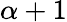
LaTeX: \alpha+1